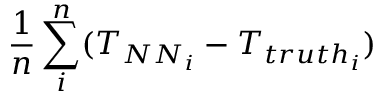
\frac { 1 } { n } \sum _ { i } ^ { n } ( T _ { { N N } _ { i } } - T _ { { t r u t h } _ { i } } )